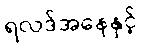
ရလဒ်အနေနှင့်